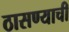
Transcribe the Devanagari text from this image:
ठासण्याची